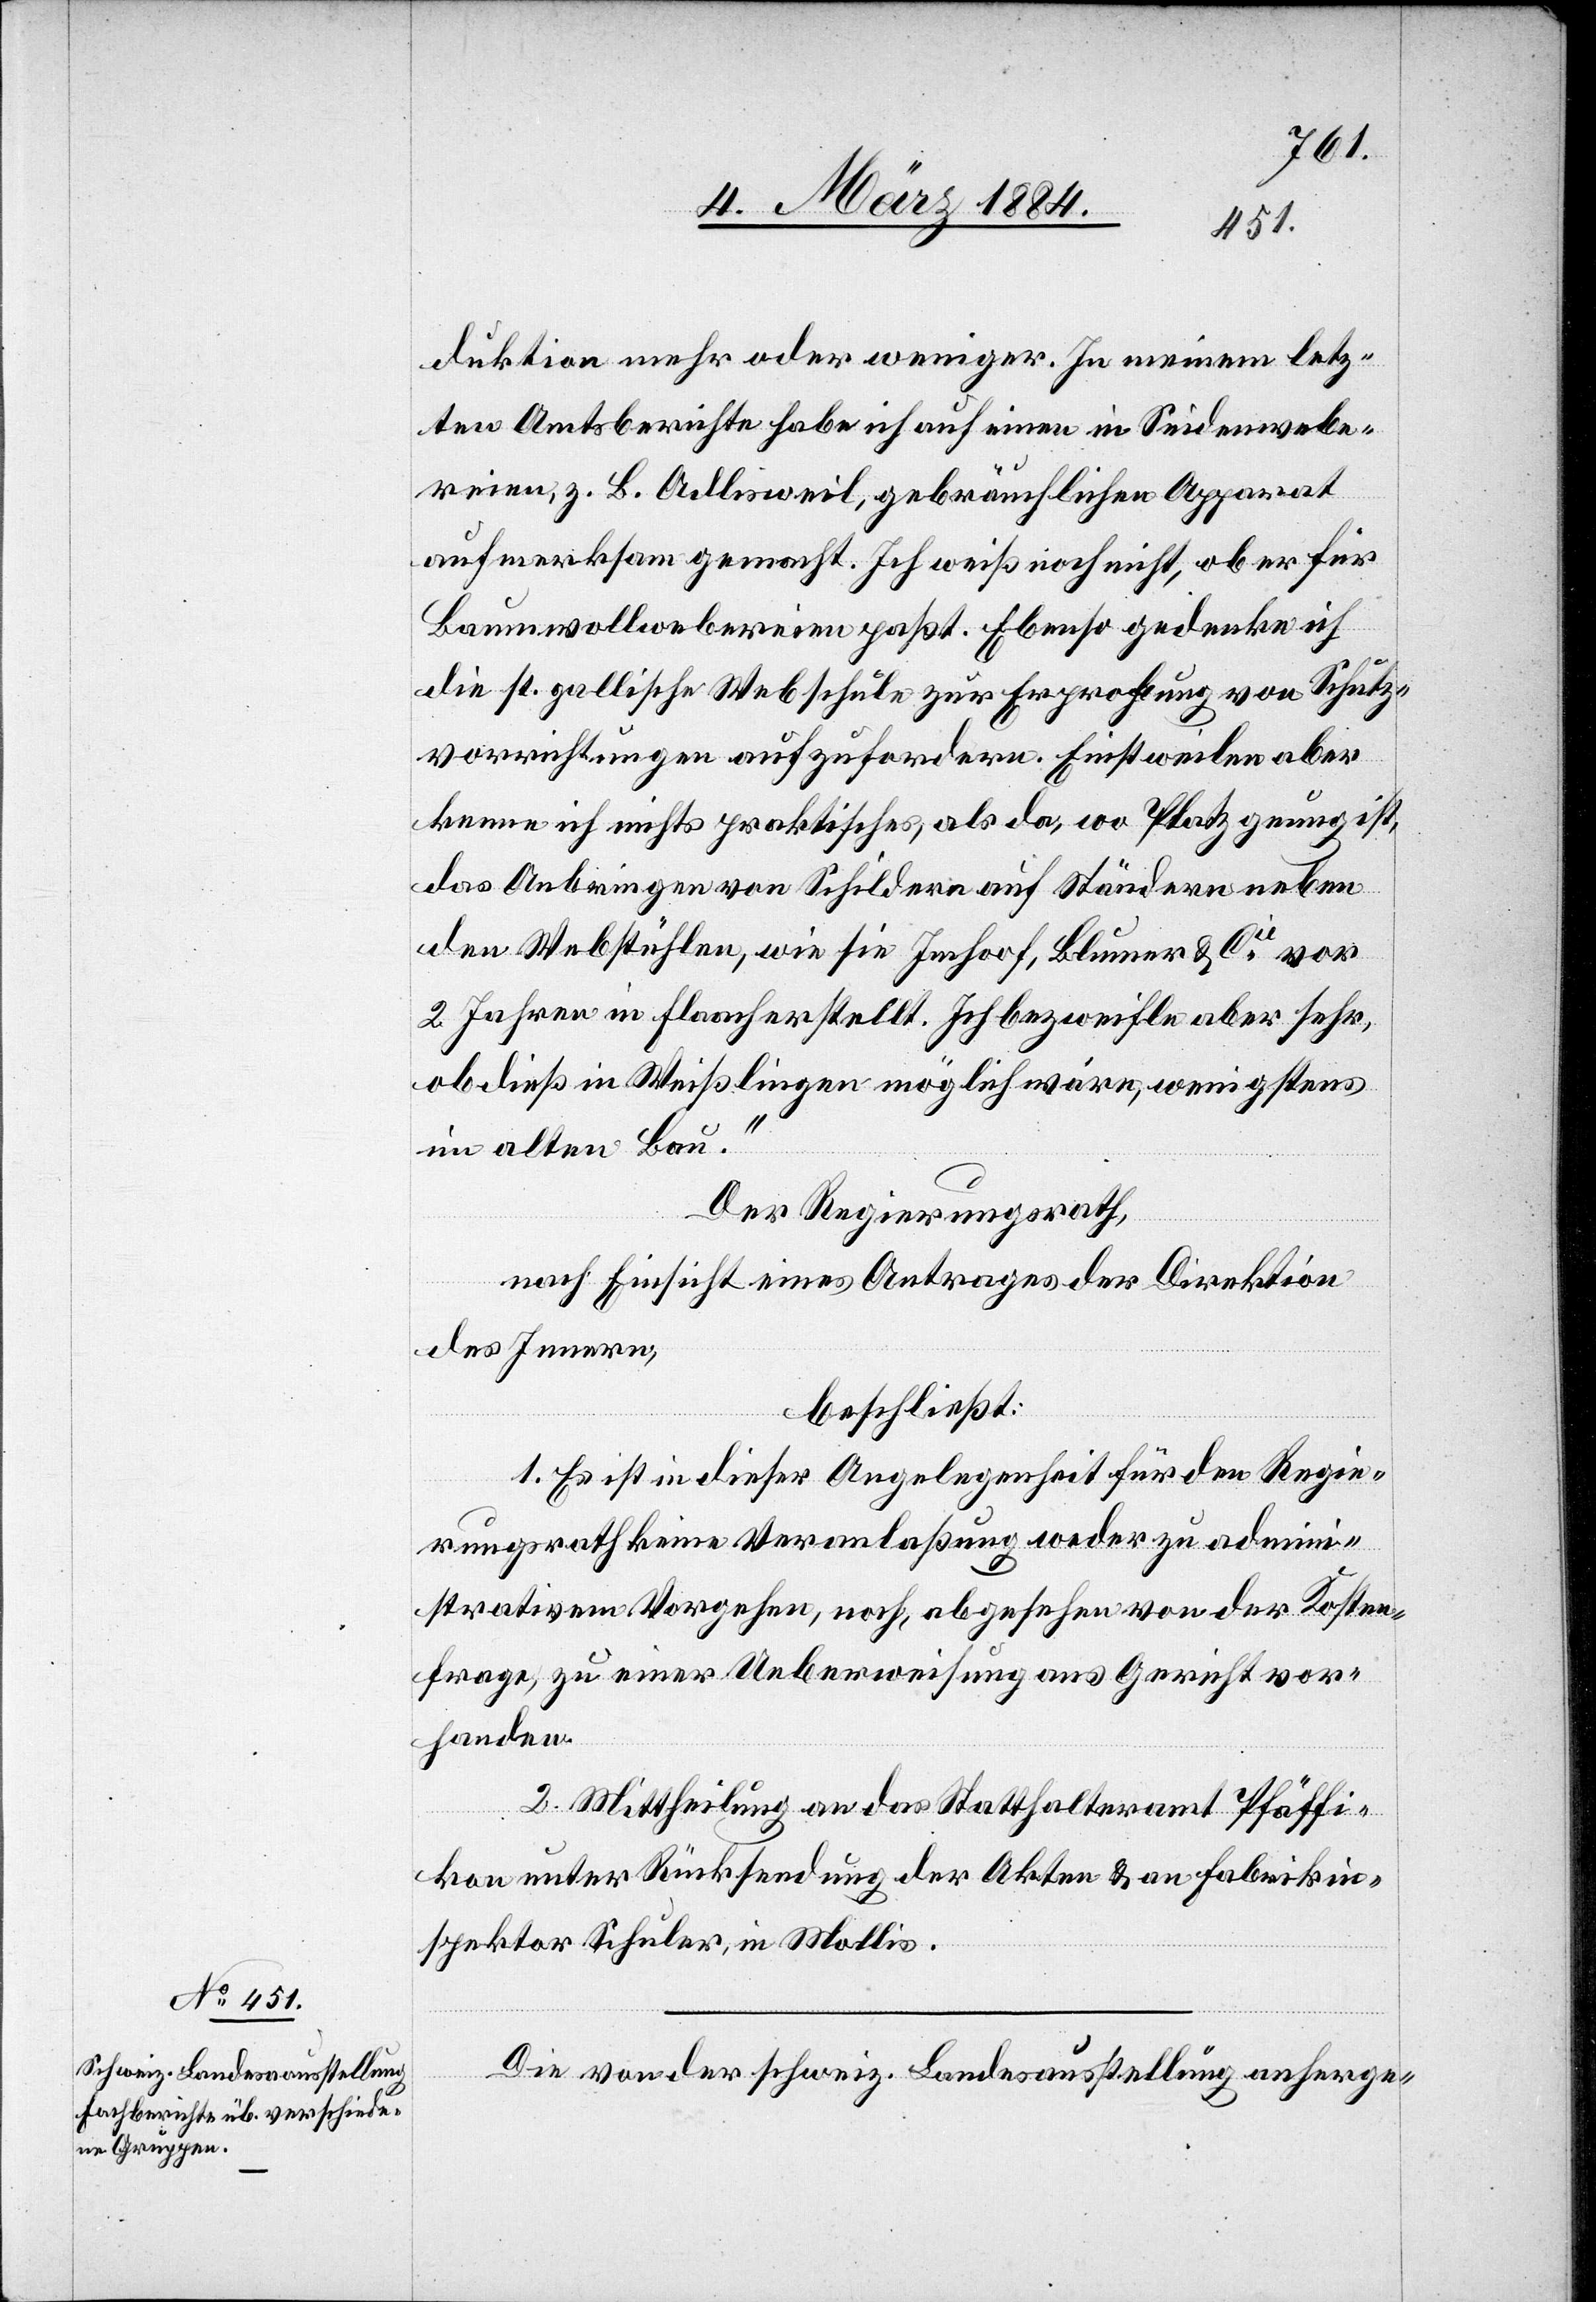
duktion mehr oder weniger. In meinem letz¬
ten Amtsberichte habe ich auf einen in Seidenwebe¬
reien, z. B. Adlisweil, gebräuchlichen Apparat
aufmerksam gemacht. Ich weiß noch nicht, ob er für
Baumwollwebereien paßt. Ebenso gedenke ich
die P. Gallische Webschule zur Erprobung von Schutz¬
vorrichtungen aufzufordern. Einstweilen aber
kenne ich nichts Praktisches, als da, wo Platz genug ist,
das Anbringen von Schildern auf Ständern neben
den Webstühlen, wie sie Imhoof, Blumer & Cie vor
2 Jahren in Flaach erstellt. Ich bezweifle aber sehr,
ob dieß in Weißlingen möglich wäre, wenigsten
im alten Bau.“
Der Regierungsrath,
nach Einsicht eines Antrages der Direktion
des Innern,
beschließt:
1. Es ist in dieser Angelegenheit für den Regie¬
rungsrath keine Veranlaßung weder zu admini¬
strativem Vorgehen, noch abgesehen von der Kosten¬
frage, zu einer Ueberweisung ans Gericht vor¬
handen.
2. Mittheilung an das Statthalteramt Pfäffi¬
kon unter Rücksendung der Akten & an Fabrikin¬
spektor Schuler in Mollis.
Die von der schweiz. Landesausstellung anherge-